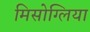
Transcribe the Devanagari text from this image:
मिसोग्लिया